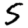
Digit: 5